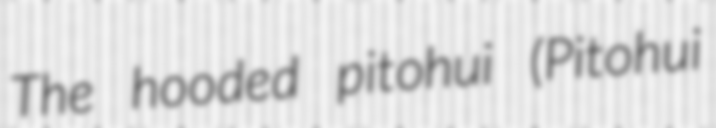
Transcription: The hooded pitohui (Pitohui